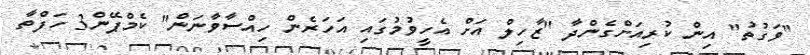
"ވަގުތު" އިން ކުރިއަށްގެންދާ "ޒާހިލް އަށް އެހީވުމުގައި އަހަރެން ހިއްސާވާނަން" ކެމްޕޭން3 ހަފްތާ